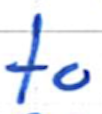
Text: to
Cross-out: clean
Writing tool: ballpoint